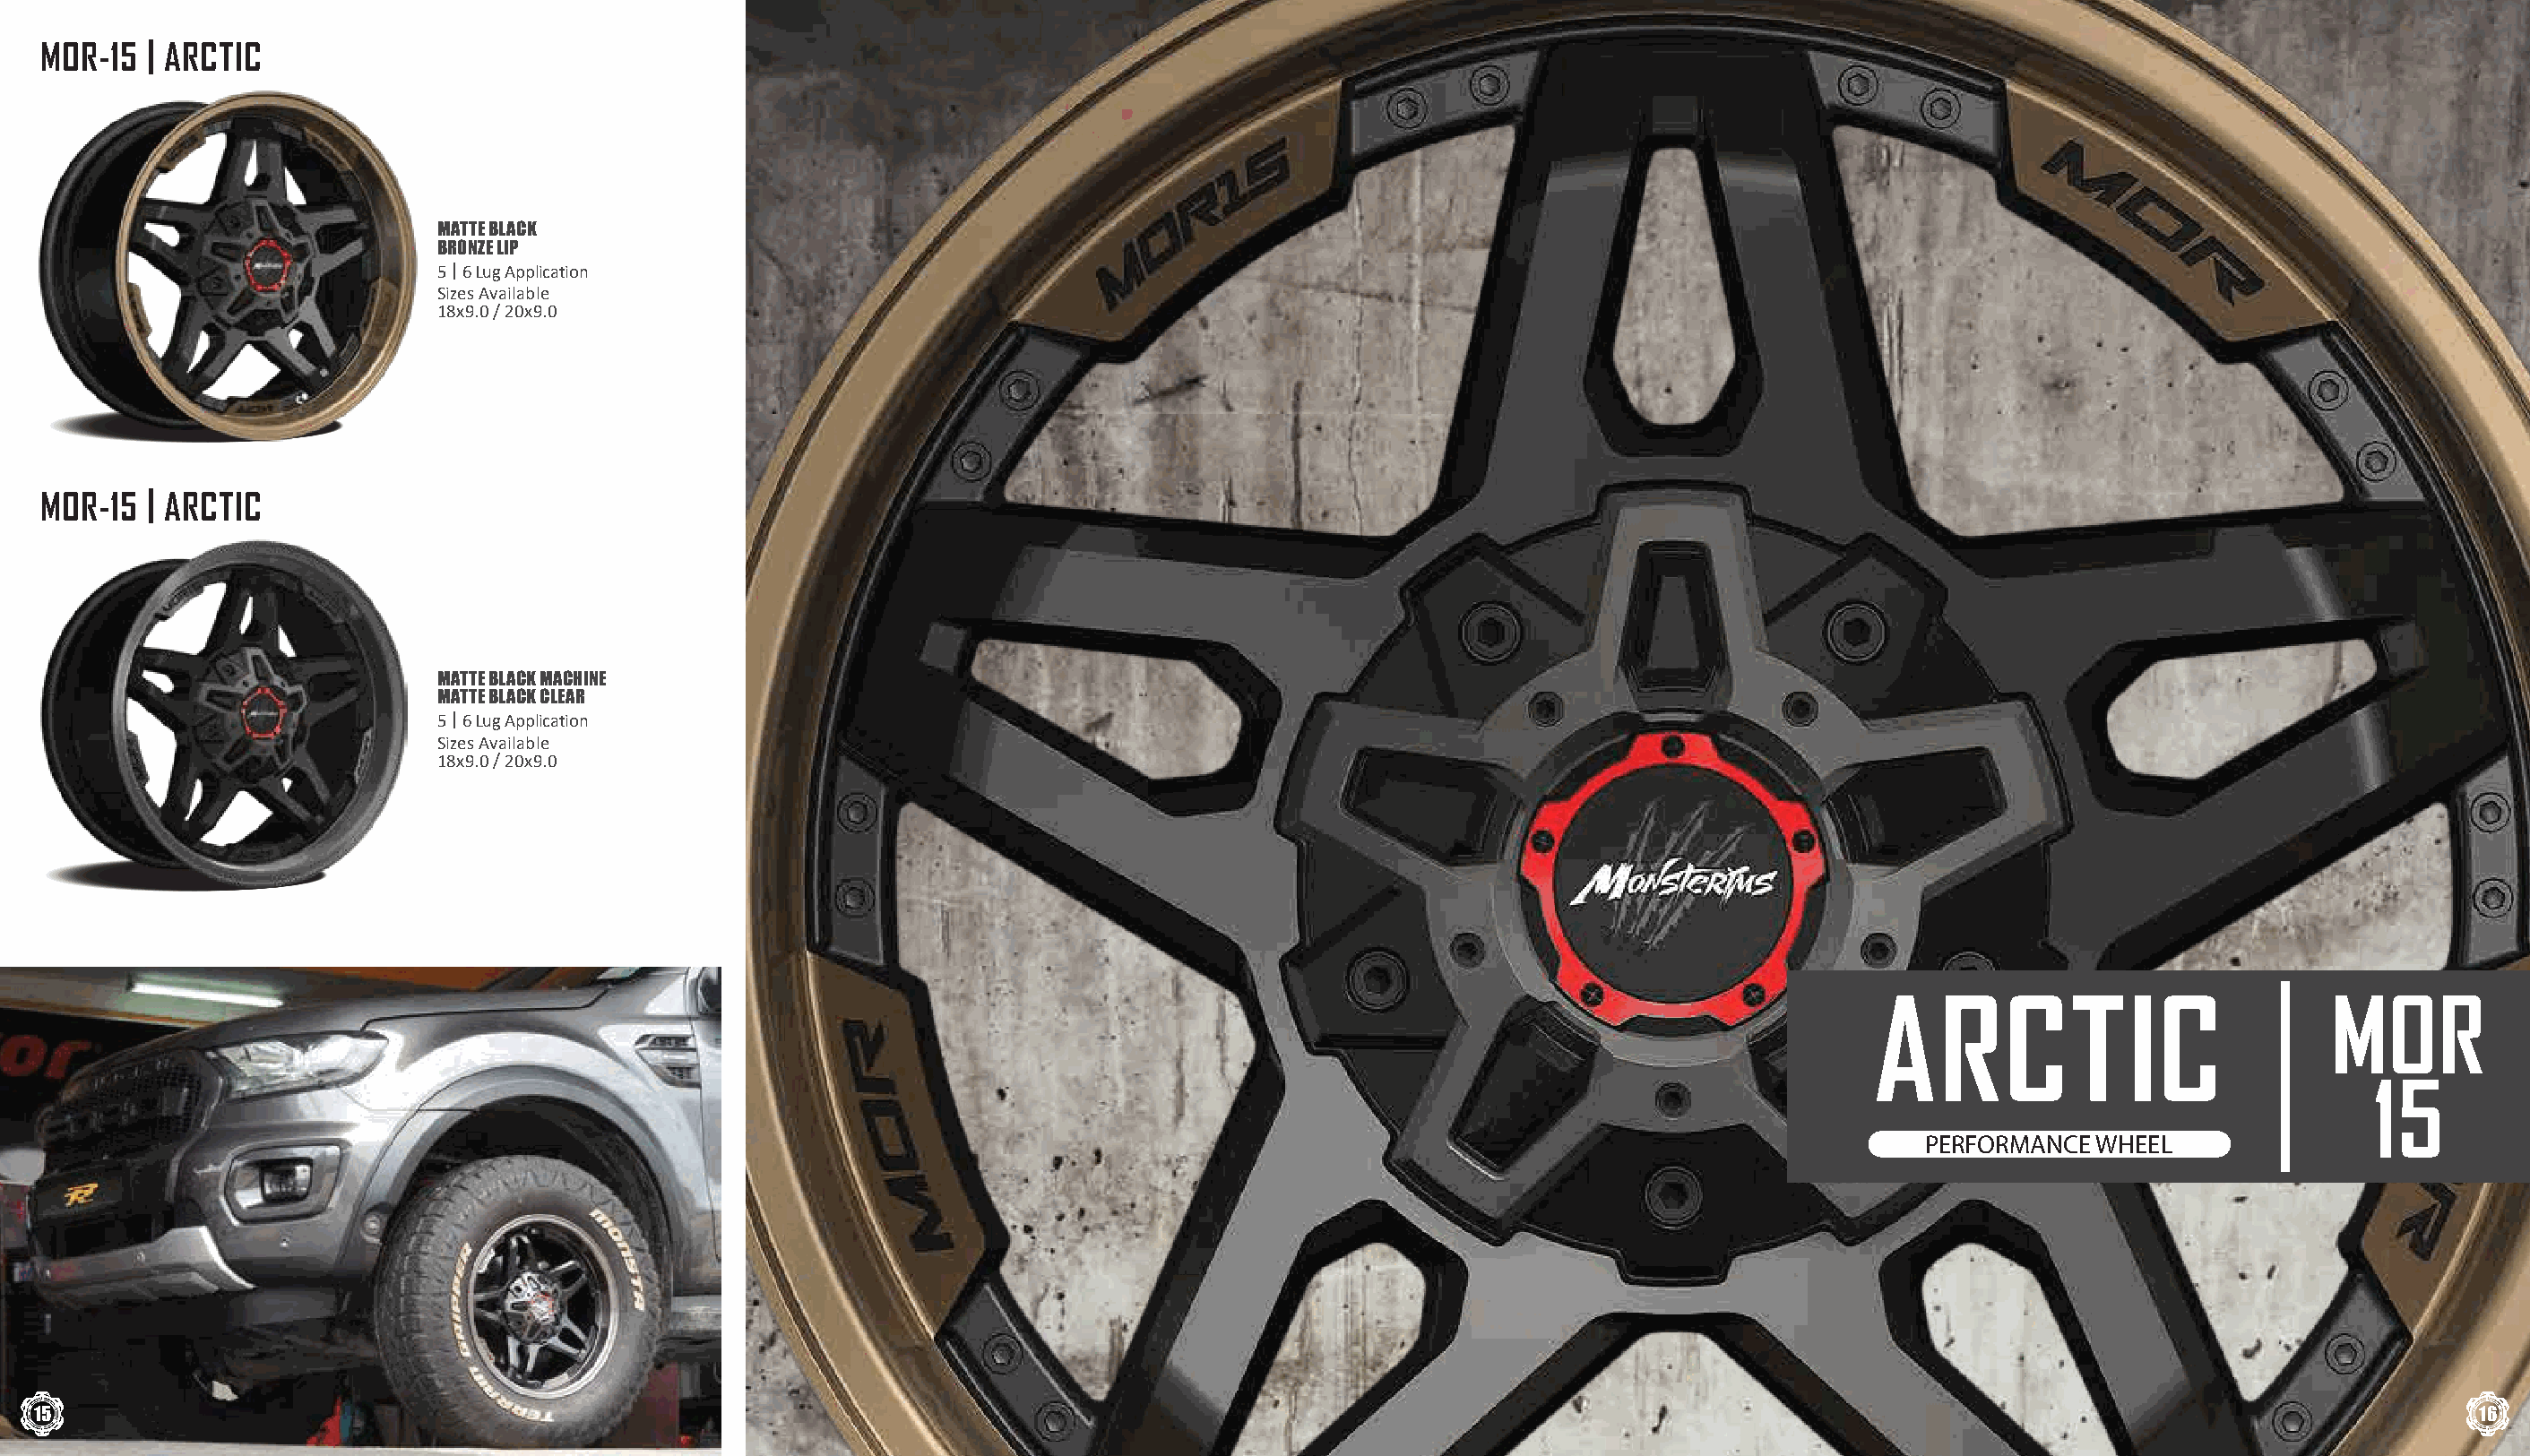
MOR-15  | ARCTIC
 MATTE BLACK
 BRONZE LIP
 5 | 6 Lug Application
 Sizes Available
 18x9.0 / 20x9.0
 MOR-15  | ARCTIC
 MATTE BLACK MACHINE
 MATTE BLACK CLEAR
 5 | 6 Lug Application
 Sizes Available
 18x9.0 / 20x9.0
 ARCTIC                            MOR
 15
 PERFORMANCE  WHEEL
 15                                                                                                                                                                                  16